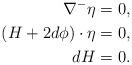
LaTeX: \begin{align*} \nabla^- \eta &= 0,\\ (H + 2 d\phi)\cdot \eta & = 0,\\ dH & = 0. \end{align*}